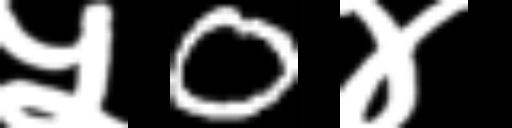
Text: ५0४